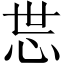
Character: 𱞉